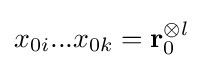
x_{0i}...x_{0k}=\mathbf {r} _{0}^{\otimes l}